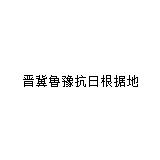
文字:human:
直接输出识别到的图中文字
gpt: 晋冀鲁豫抗日根据地